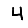
Digit: 4